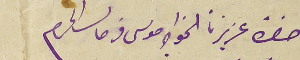
حضرة عزيزنا الخواجه موسى فرحات المحترم